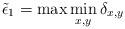
LaTeX: \begin{align*}\tilde{\epsilon}_1=\max \min_{x,y}\delta_{x,y}\end{align*}